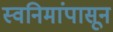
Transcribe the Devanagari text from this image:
स्वनिमांपासून